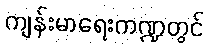
ကျန်းမာရေးကဏ္ဍတွင်